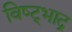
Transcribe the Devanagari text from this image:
विष्ट्भाद्र